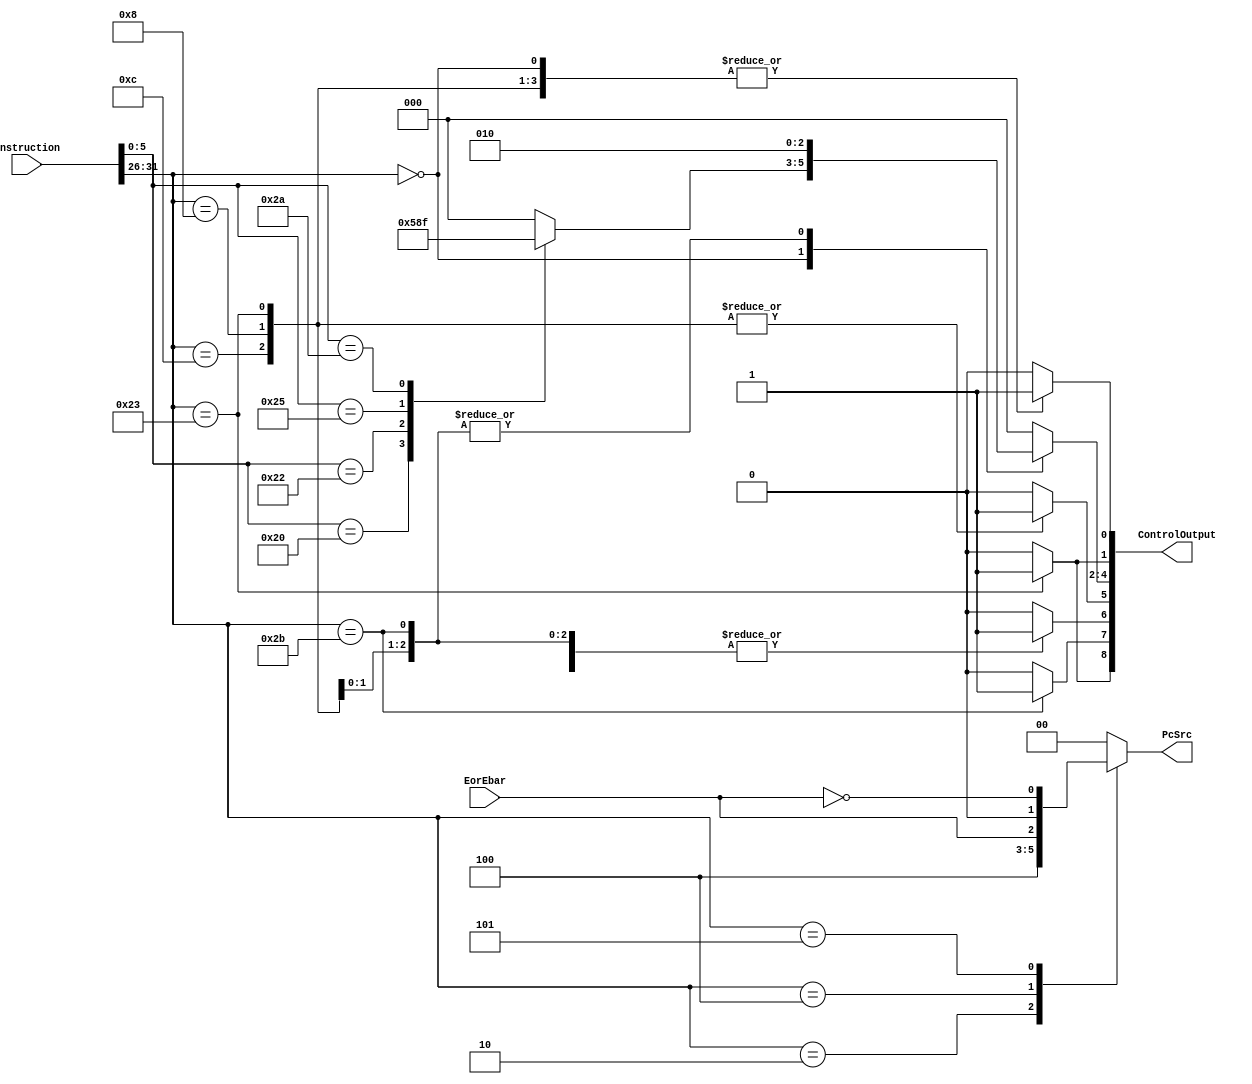
`timescale 1ns/1ns

module Control (input [31:0]instruction, input EorEbar, output [8:0] ControlOutput, output reg[1:0] PcSrc);
    wire [5:0]functionType, Opcode;
    assign Opcode = instruction[31:26];
    assign functionType = instruction[5:0];

    reg MemRead, MemWrite, ALUSrc, RegDst, MemToReg, RegWrite;
    reg [2:0] ALUop;
    assign ControlOutput = {MemRead, MemWrite, ALUSrc, RegDst, ALUop, MemToReg, RegWrite};

    always @(instruction, EorEbar)begin
        {MemRead, MemWrite, ALUSrc, RegDst, MemToReg, RegWrite, ALUop, PcSrc} = 11'b0;
        
        case(Opcode)
            6'b000000 : begin //.. ordinary rtype
                RegWrite = 1'b1;
                case(functionType)
                    6'b100000 : begin //.. case add function
                        ALUop = 3'b010;
                    end
                    6'b100010 : begin //.. case sub function
                        ALUop = 3'b110;
                    end
                    6'b100100 : begin //.. case and function 
                        ALUop = 3'b000;
                    end
                    6'b100101 : begin //.. case or function
                        ALUop = 3'b001;
                    end
                    6'b101010 : begin //.. case slt function
                        ALUop = 3'b111;
                    end
                endcase
            end
            6'b001000 : begin //.. addi
                ALUSrc = 1'b1;
                RegDst = 1'b1;
                RegWrite = 1'b1;
                ALUop = 3'b010;
            end
            6'b001100 : begin //.. andi
                ALUSrc = 1'b1;
                RegDst = 1'b1;
                RegWrite = 1'b1;
                ALUop = 3'b000;
            end
            6'b100011 : begin //.. case lw
                RegWrite = 1'b1;
                ALUSrc = 1'b1;
                ALUop = 3'b010;
                RegDst = 1'b1;
                MemRead = 1'b1;
                MemToReg = 1'b1;
            end
            6'b101011 : begin //.. case sw
                ALUSrc = 1'b1;
                ALUop = 3'b010;
                MemWrite = 1'b1;
            end
            6'b000010 : begin //.. case j
                PcSrc = 2'b10;
            end
            6'b000100 : begin //.. case beq
                PcSrc = {1'b0, EorEbar};
            end
            6'b000101 : begin //.. case bne
                PcSrc = {1'b0, ~EorEbar};
            end
        endcase
    end
endmodule

module ForwardingUnit (input [4:0]RsWire, RtWire, RDRegstage4, RDRegstage5, input RegWriteSignalstage4, RegWriteSignalstage5, output reg[1:0] ForwardingWire3, ForwardingWire4);
    always @(RsWire, RtWire, RDRegstage4, RDRegstage5, RegWriteSignalstage4, RegWriteSignalstage5)begin
        {ForwardingWire3, ForwardingWire4} = 4'b0;
        if(RsWire == RDRegstage4 && RegWriteSignalstage4 == 1'b1)
            ForwardingWire3 = 2'b01;
        else if(RsWire == RDRegstage5 && RegWriteSignalstage5 == 1'b1)
            ForwardingWire3 = 2'b10;
        if(RtWire == RDRegstage4 && RegWriteSignalstage4 == 1'b1)
            ForwardingWire4 = 2'b01;
        else if(RtWire == RDRegstage5 && RegWriteSignalstage5 == 1'b1)
            ForwardingWire4 = 2'b10;
    end
endmodule

module HazardUnit (input [4:0]Rs, Rt, RdNextStage, input MemReadNextStage, firstBitPcSrc, input[5:0]Opcode, output reg PcWrite, IFIDWrite, HazardSel, IFIDBubble);
    always @(Rs, Rt, RdNextStage, MemReadNextStage, firstBitPcSrc, Opcode) begin
        {PcWrite, IFIDWrite, HazardSel, IFIDBubble} = 4'b1110;

        case(Opcode)
            6'b000000 : begin //.. ordinary rtype
                if(MemReadNextStage == 1'b1 && (RdNextStage == Rs || RdNextStage == Rt)) // lw <=> MemRead = 1'b1
                    {PcWrite, IFIDWrite, HazardSel} = 3'b000;
            end
            6'b001000 : begin //.. addi
                if(MemReadNextStage == 1'b1 && RdNextStage == Rs) // lw <=> MemRead = 1'b1
                    {PcWrite, IFIDWrite, HazardSel} = 3'b000;
            end
            6'b001100 : begin //.. andi
                if(MemReadNextStage == 1'b1 && RdNextStage == Rs) // lw <=> MemRead = 1'b1
                    {PcWrite, IFIDWrite, HazardSel} = 3'b000;
            end
            6'b101011 : begin //.. case sw
                if(MemReadNextStage == 1'b1 && (RdNextStage == Rs || RdNextStage == Rt)) // lw <=> MemRead = 1'b1
                    {PcWrite, IFIDWrite, HazardSel} = 3'b000;
            end
            6'b000010 : begin //.. case j
                IFIDBubble = 1'b1;

            end
            6'b000100 : begin //.. case beq
                if(firstBitPcSrc == 1'b1)
                    IFIDBubble = 1'b1;
            end
            6'b000101 : begin //.. case bne
                if(firstBitPcSrc == 1'b1)
                    IFIDBubble = 1'b1;
            end
            default : begin
                {PcWrite, IFIDWrite, HazardSel, IFIDBubble} = 4'b1110;
            end
        endcase
    end
endmodule